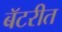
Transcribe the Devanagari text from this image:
बॅटरीत